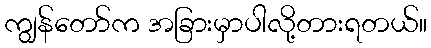
ကျွန်တော်က အခြားမှာပါလို့တားရတယ်။